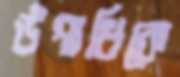
উপাধিকে